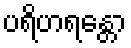
ပရိဟရန္တော